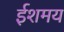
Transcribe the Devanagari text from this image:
ईशमय